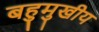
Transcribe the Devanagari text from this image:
बहुमुखीय